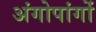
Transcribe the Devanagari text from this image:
अंगोपांगों